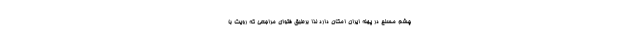
چشم مسلح در پهنه ایران امکان دارد لذا برطبق فتوای مراجعی که رویت با